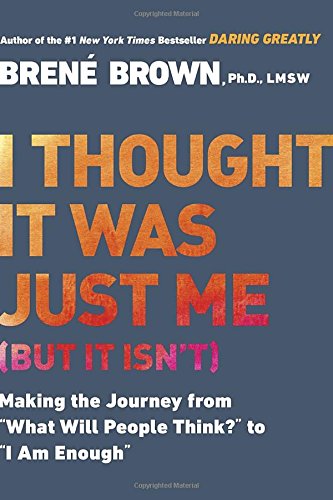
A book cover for I Thought It Was Just Me (but it isn't): Making the Journey from "What Will People Think?" to "I Am Enough"; BrenÃ© Brown; Self-Help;